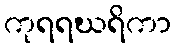
ကုရရဃရိကာ